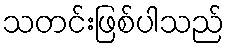
သတင်းဖြစ်ပါသည်